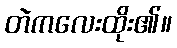
တဲကလေးထိုး၏။